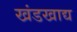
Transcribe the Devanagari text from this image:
खंडखाद्य